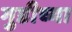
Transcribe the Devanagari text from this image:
गुडीच्या